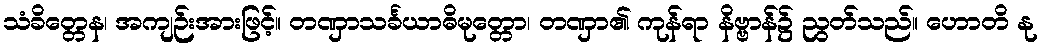
သံခိတ္တေန၊ အကျဉ်းအားဖြင့်။ တဏှာသင်္ခယာဓိမုတ္တော၊ တဏှာ၏ ကုန်ရာ နိဗ္ဗာန်၌ ညွတ်သည်။ ဟောတိ နု